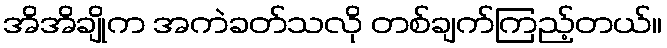
အိအိချိုက အကဲခတ်သလို တစ်ချက်ကြည့်တယ်။